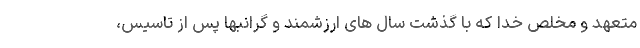
متعهد و مخلص خدا که با گذشت سال های ارزشمند و گرانبها پس از تاسیس،